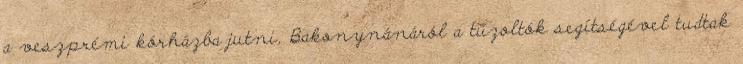
a veszprémi kórházba jutni, Bakonynánáról a tűzoltók segítségével tudtak